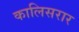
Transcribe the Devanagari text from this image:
कालिसरार